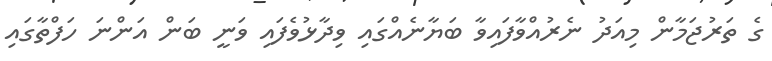
ގެ ތަރުޖަމާން މިއަދު ނެރުއްވާފައިވާ ބަޔާނެއްގައި ވިދާޅުވެފައި ވަނީ ބަން އަންނަ ހަފްތާގައި